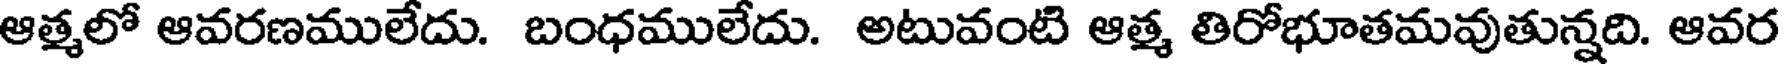
ఆత్మలో ఆవరణములేదు. బంధములేదు. అటువంటి ఆత్మ తిరోభూతమవుతున్నది. ఆవర